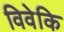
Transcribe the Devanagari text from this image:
विवेकि